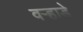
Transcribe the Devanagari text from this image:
वऱ्हाडे